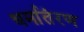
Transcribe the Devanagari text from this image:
धर्मातंरण